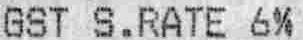
GST S.RATE 6%